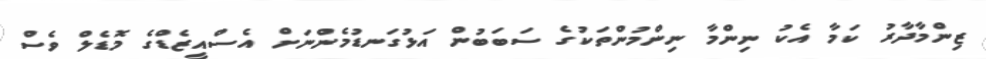
ޒިންމާދާރު ކަމާ އެކު ނިންމާ ނިންމުންތަކުގެ ސަބަބުން އަޅުގަނޑުމެންނަށް އެސްއީޒެޑްގެ މޮޑެލް ވެސް